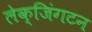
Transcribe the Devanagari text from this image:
लेक्जिंगटन